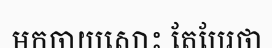
មកចាយសោះ តែបែរថា